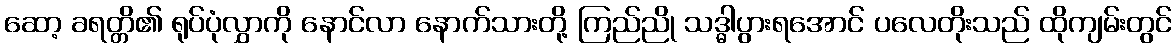
ဆော့ ခရတ္တိ၏ ရုပ်ပုံလွှာကို နောင်လာ နောက်သားတို့ ကြည်ညို သဒ္ဓါပွားရအောင် ပလေတိုးသည် ထိုကျမ်းတွင်